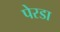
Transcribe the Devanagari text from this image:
पेरडा